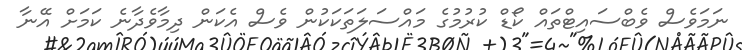
ނަމަވެސް ވެބްސައިޓްތައް ކޯޑް ކުރުމުގެ މައްސަލަތަކަކުން ވެސް އެކަން ދިމާވެދާނެ ކަމަށް އޭނާ